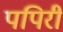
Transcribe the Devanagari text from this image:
पपिरी